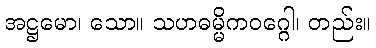
အဋ္ဌမော၊ သော။ သဟဓမ္မိကဝဂ္ဂေါ၊ တည်း။